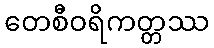
တေစီဝရိကတ္တဿ